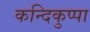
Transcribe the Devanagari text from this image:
कन्दिकुप्पा